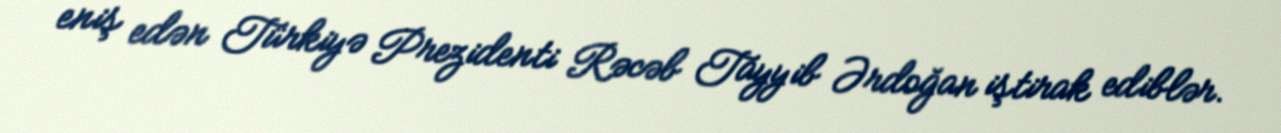
eniş edən Türkiyə Prezidenti Rəcəb Tayyib Ərdoğan iştirak ediblər.